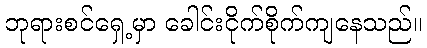
ဘုရားစင်ရှေ့မှာ ခေါင်းငိုက်စိုက်ကျနေသည်။